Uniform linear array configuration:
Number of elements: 8
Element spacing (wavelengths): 1
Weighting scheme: cosine
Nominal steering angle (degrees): -30
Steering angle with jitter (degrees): -28.352
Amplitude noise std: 0.05
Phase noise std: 0.05

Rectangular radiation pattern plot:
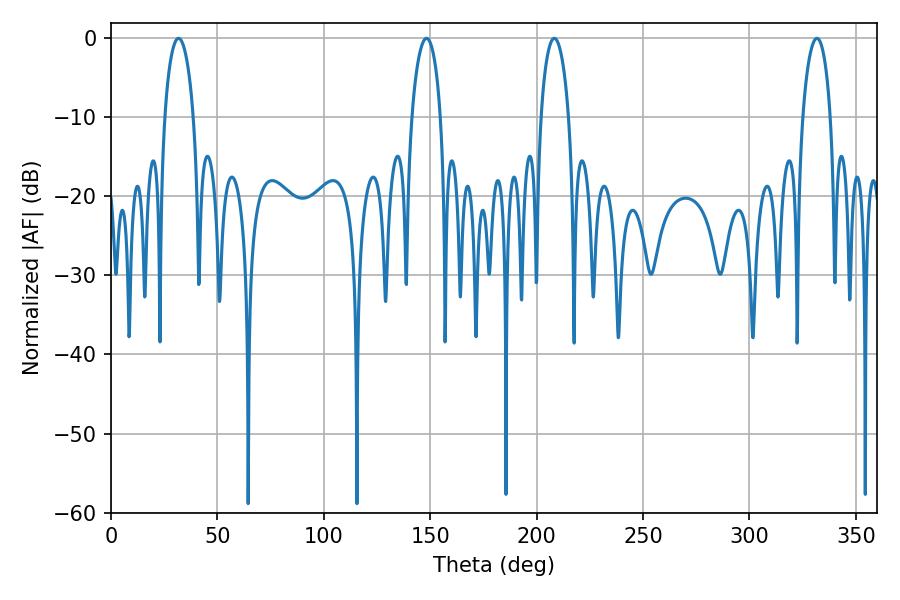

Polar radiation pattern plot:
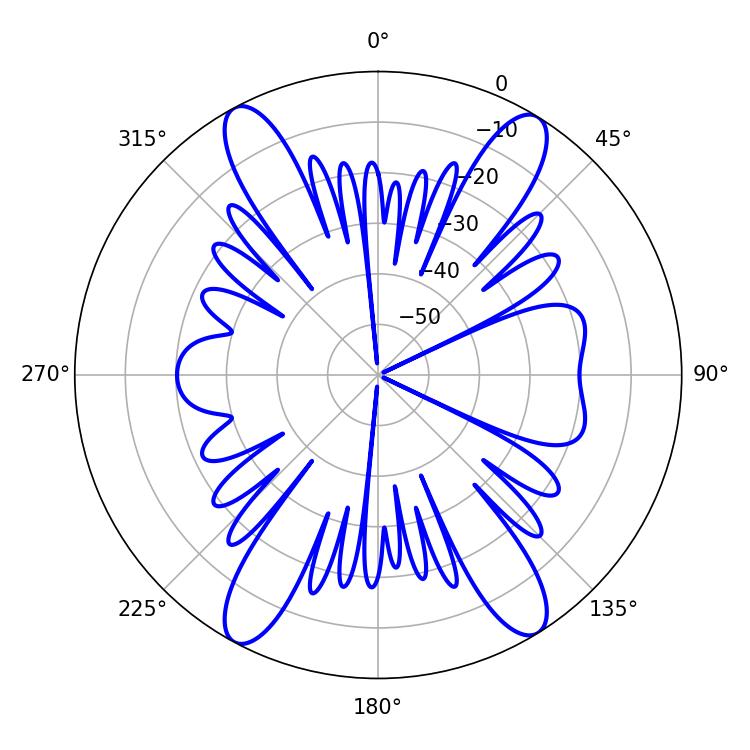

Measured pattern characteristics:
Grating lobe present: TRUE
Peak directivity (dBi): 18.879
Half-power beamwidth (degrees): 7.38
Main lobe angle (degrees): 208.26